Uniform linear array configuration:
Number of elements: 16
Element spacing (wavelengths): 0.75
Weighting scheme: blackman
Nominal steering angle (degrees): -15
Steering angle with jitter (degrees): -15.025
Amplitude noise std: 0.05
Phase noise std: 0.05

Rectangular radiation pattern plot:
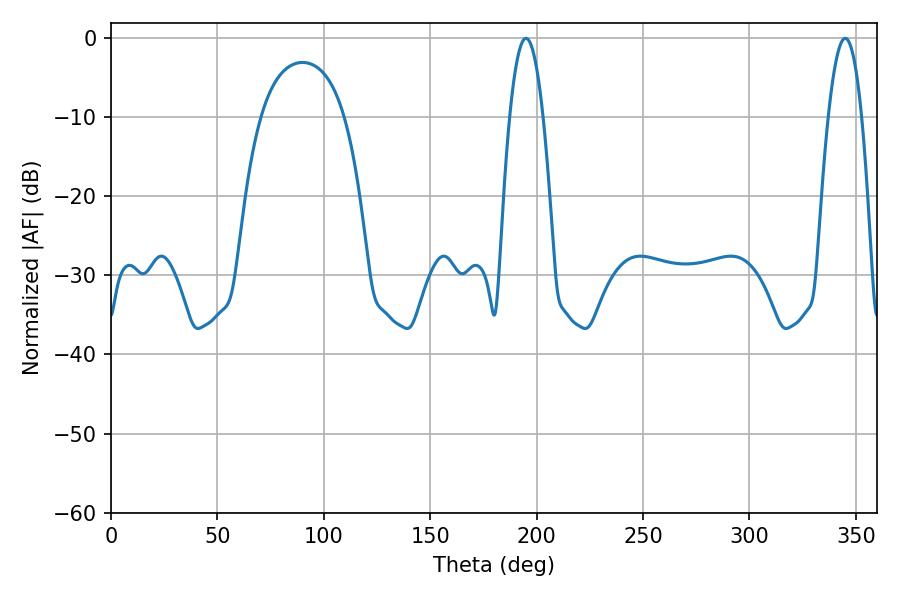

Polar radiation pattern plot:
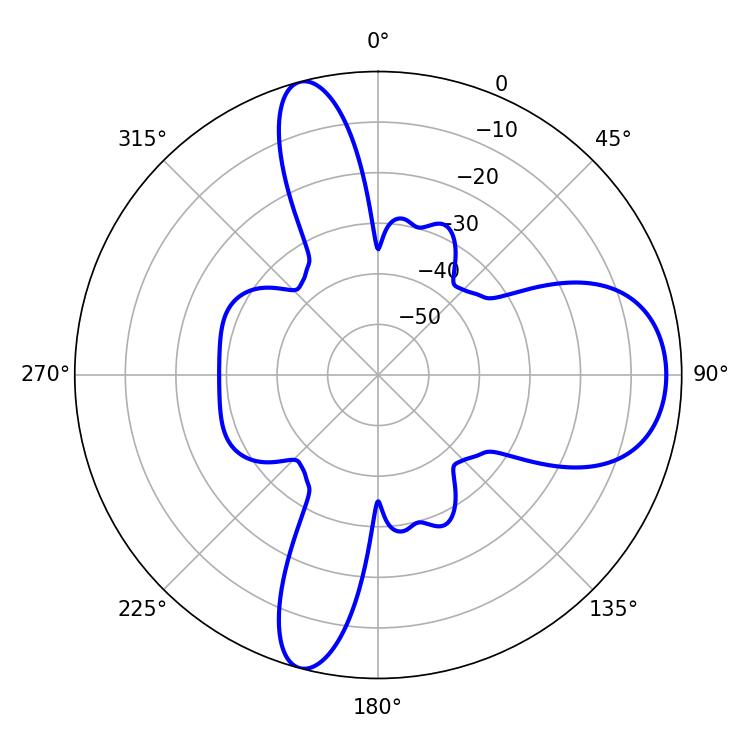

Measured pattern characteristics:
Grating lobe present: TRUE
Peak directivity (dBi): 11.121
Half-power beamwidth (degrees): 8.64
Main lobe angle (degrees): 194.94